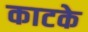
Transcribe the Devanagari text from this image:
काटके